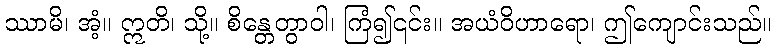
ဿာမိ၊ အံ့။ ဣတိ၊ သို့။ စိန္တေတွာဝါ၊ ကြံ၍၎င်း။ အယံဝိဟာရော၊ ဤကျောင်းသည်။